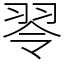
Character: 䎆